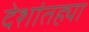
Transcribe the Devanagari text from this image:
देशांतह्या